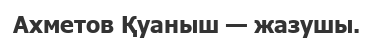
Ахметов Қуаныш — жазушы.